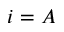
i = A